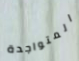
المتواجدة